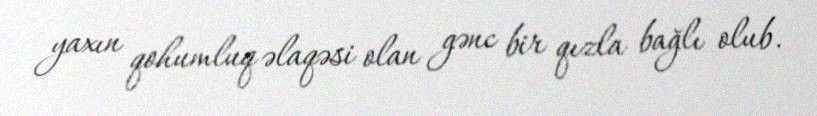
yaxın qohumluq əlaqəsi olan gənc bir qızla bağlı olub.